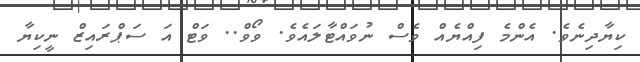
ކިޔާދިނެވެ. އެންމެ ފިއްޔެއް ވެސް ނުވައްޓާލައެވެ. ވޯވް.. ވަޓް އަ ސަޕްރައިޒް ނީކިޔާ